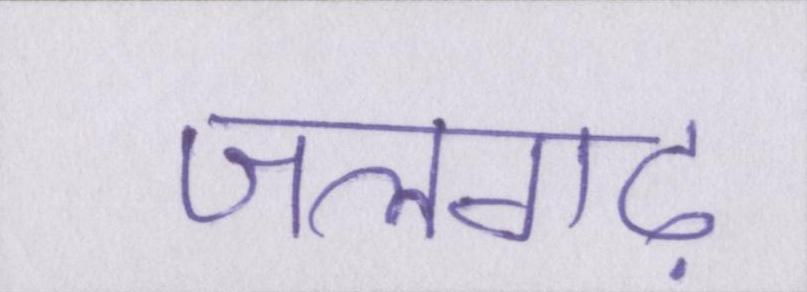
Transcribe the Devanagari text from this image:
जलगढ़